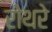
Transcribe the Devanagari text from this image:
रोथरे